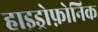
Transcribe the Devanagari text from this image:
हाइड्रोफ़ोनिक